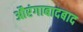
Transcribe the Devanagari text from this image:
औरंगाबादबाद